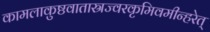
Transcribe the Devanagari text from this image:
कामलाकुष्ठवातास्रज्वरकृमिवमीन्हरेत्